Lunatic asylums in Bengal annual reports 1912-1924 - 1912-1924
Year: 1912
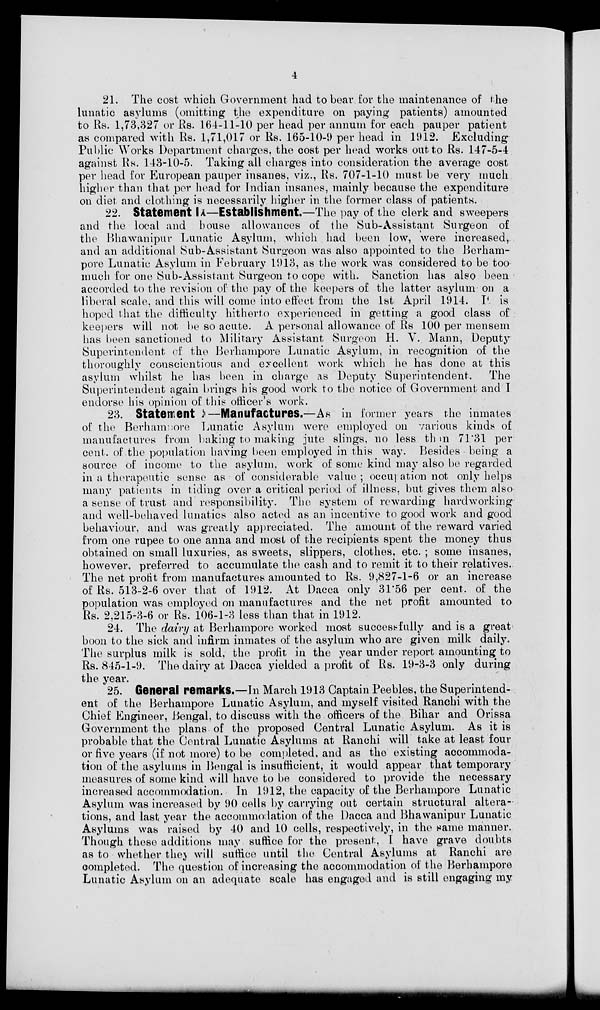
4
21. The cost which Government had to bear for the maintenance of the
lunatic asylums (omitting the expenditure on paying patients) amounted
to Rs. 1,73,327 or Rs. 164-11-10 per head per annum for each pauper patient
as compared with Rs. 1,71,017 or Rs. 165-10-9 per head in 1912. Excluding
Public Works Department charges, the cost per head works out to Rs. 147-5-4
against Rs. 143-10-5. Taking all charges into consideration the average cost
per head for European pauper insanes, viz., Rs. 707-1-10 must be very much
higher than that per head for Indian insanes, mainly because the expenditure
on diet and clothing is necessarily higher in the former class of patients.
22. Statement I —Establishment.—The pay of the clerk and sweepers
and the local and house allowances of the Sub-Assistant Surgeon of
the Bhawanipur Lunatic Asylum, which had been low, were increased,
and an additional Sub-Assistant Surgeon was also appointed to the Berham¬
pore Lunatic Asylum in February 1913, as the work was considered to be too
much for one Sub-Assistant Surgeon to cope with. Sanction has also been
accorded to the revision of the pay of the keepers of the latter asylum on a
liberal scale, and this will come into effect from the 1st April 1914. It is
hoped that the difficulty hitherto experienced in getting a good class of
keepers will not. be so acute. A personal allowance of Rs 100 per mensem
has been sanctioned to Military Assistant Surgeon H. V. Mann, Deputy
Superintendent of the Berhampore Lunatic Asylum, in recognition of the
thoroughly conscientious and excellent work which he has done at this
asylum whilst he has been in charge as Deputy Superintendent.
The
Superintendent again brings his good work to the notice of Government and I
endorse his opinion of this officer's work.
23. Statement —Manufactures.—As in former years the inmates
of the Berhampore Lunatic Asylum were employed on various kinds of
manufactures from baking to making jute slings, no less them 71.31 per
cent. of the population having been employed in this way. Besides being a
source of income to the asylum. work of some kind may also be regarded
in a therapeutic sense as of considerable value ; occupation not only helps
many patients in tiding over a critical period of illness. but gives them also
a sense of trust and responsibility. The system of rewarding hardworking
and well-behaved lunatics also acted as an incentive to good work and good
behaviour, and was greatly appreciated. The amount of the reward varied
from one rupee to one anna and most of the recipients spent the money thus
obtained on small luxuries, as sweets, slippers, clothes, etc. ; some insanes,
however, preferred to accumulate the cash and to remit it to their relatives.
The net profit from manufactures amounted to Rs. 9,827-1-6 or an increase
of Rs. 513-2-6 over that of 1912. At Dacca only 31.56 per cent. of the
population was employed on manufactures and the net profit amounted to
Rs. 2,215-3-6 or Rs. 106-1-3 less than that in 1912.
24. The dairy at Berhampore worked most successfully and is a great
been to the sick and infirm inmates of the asylum who are given milk daily.
The surplus milk is sold, the profit in the year under report amounting to
Rs. 845-1-9. The dairy at Dacca yielded a profit of Rs. 19-3-3 only during
the year.
25. General remarks.—In March 1913 Captain Peebles, the Superintend-
ent of the Berhampore Lunatic Asylum, and myself visited Ranchi with the
Chief Engineer, Bengal, to discuss with the officers of the Bihar and Orissa
Government the plans of the proposed Central Lunatic Asylum. As it is
probable that the Central Lunatic Asylums at Ranchi will take at least four
or five years (if not more) to be completed, and as the existing accommoda-
tion of the asylums in Bengal is insufficient, it would appear that temporary
measures of some kind will have to be considered to provide the necessary
increased accommodation. In 1912, the capacity of the Berhampore Lunatic
Asylum was increased by 90 cells by carrying out certain structural altera-
tions, and last year the accommodation of the Dacca and Bhawanipur Lunatic
Asylums was raised by 40 and 10 cells, respectively, in the same manner.
Though these additions may suffice for the present, I have grave doubts
as to whether they will suffice until the Central Asylums at Ranchi are
completed. The question of increasing the accommodation of the Berhampore
Lunatic Asylum on an adequate scale has engaged and is still engaging my